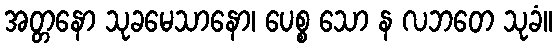
အတ္တနော သုခမေသာနော၊ ပေစ္စ သော န လဘတေ သုခံ။